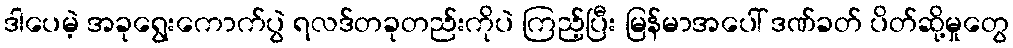
ဒါပေမဲ့ အခုရွေးကောက်ပွဲ ရလဒ်တခုတည်းကိုပဲ ကြည့်ပြီး မြန်မာအပေါ် ဒဏ်ခတ် ပိတ်ဆို့မှုတွေ